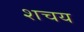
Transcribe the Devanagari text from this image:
शचय